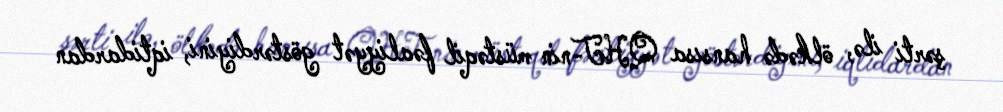
şərti ilə, ölkədə hansısa QHT-nin müstəqil fəaliyyət göstərdiyini, iqtidardan